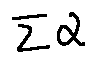
\sum \alpha